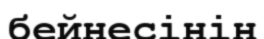
бейнесінін